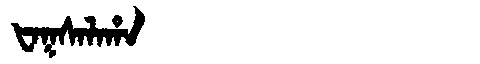
Manchu: ᡶᠠᡴᠰᠠᠯᠠᡥᠠ
Romanization: FAKSALAHA